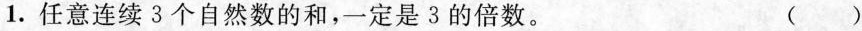
1. 任意连续3个自然数的和，一定是3的倍数。 ( )